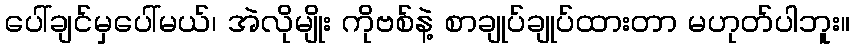
ပေါ်ချင်မှပေါ်မယ်၊ အဲလိုမျိုး ကိုဗစ်နဲ့ စာချုပ်ချုပ်ထားတာ မဟုတ်ပါဘူး။